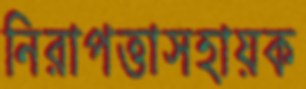
নিরাপত্তাসহায়ক